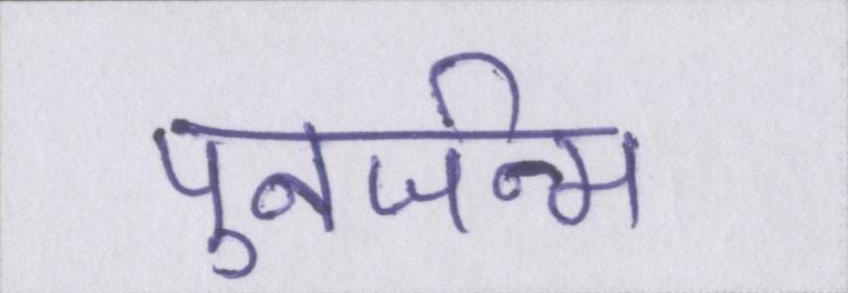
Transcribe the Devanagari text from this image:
पुनर्जन्म